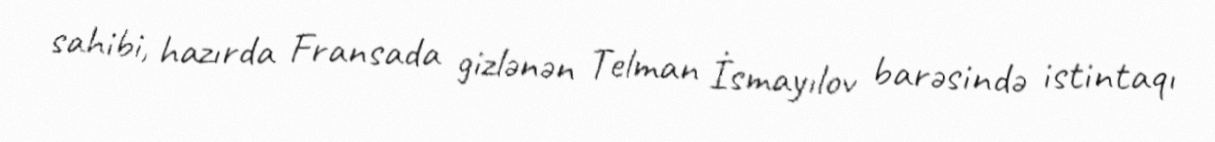
sahibi, hazırda Fransada gizlənən Telman İsmayılov barəsində istintaqı